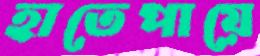
হাতেপায়ে